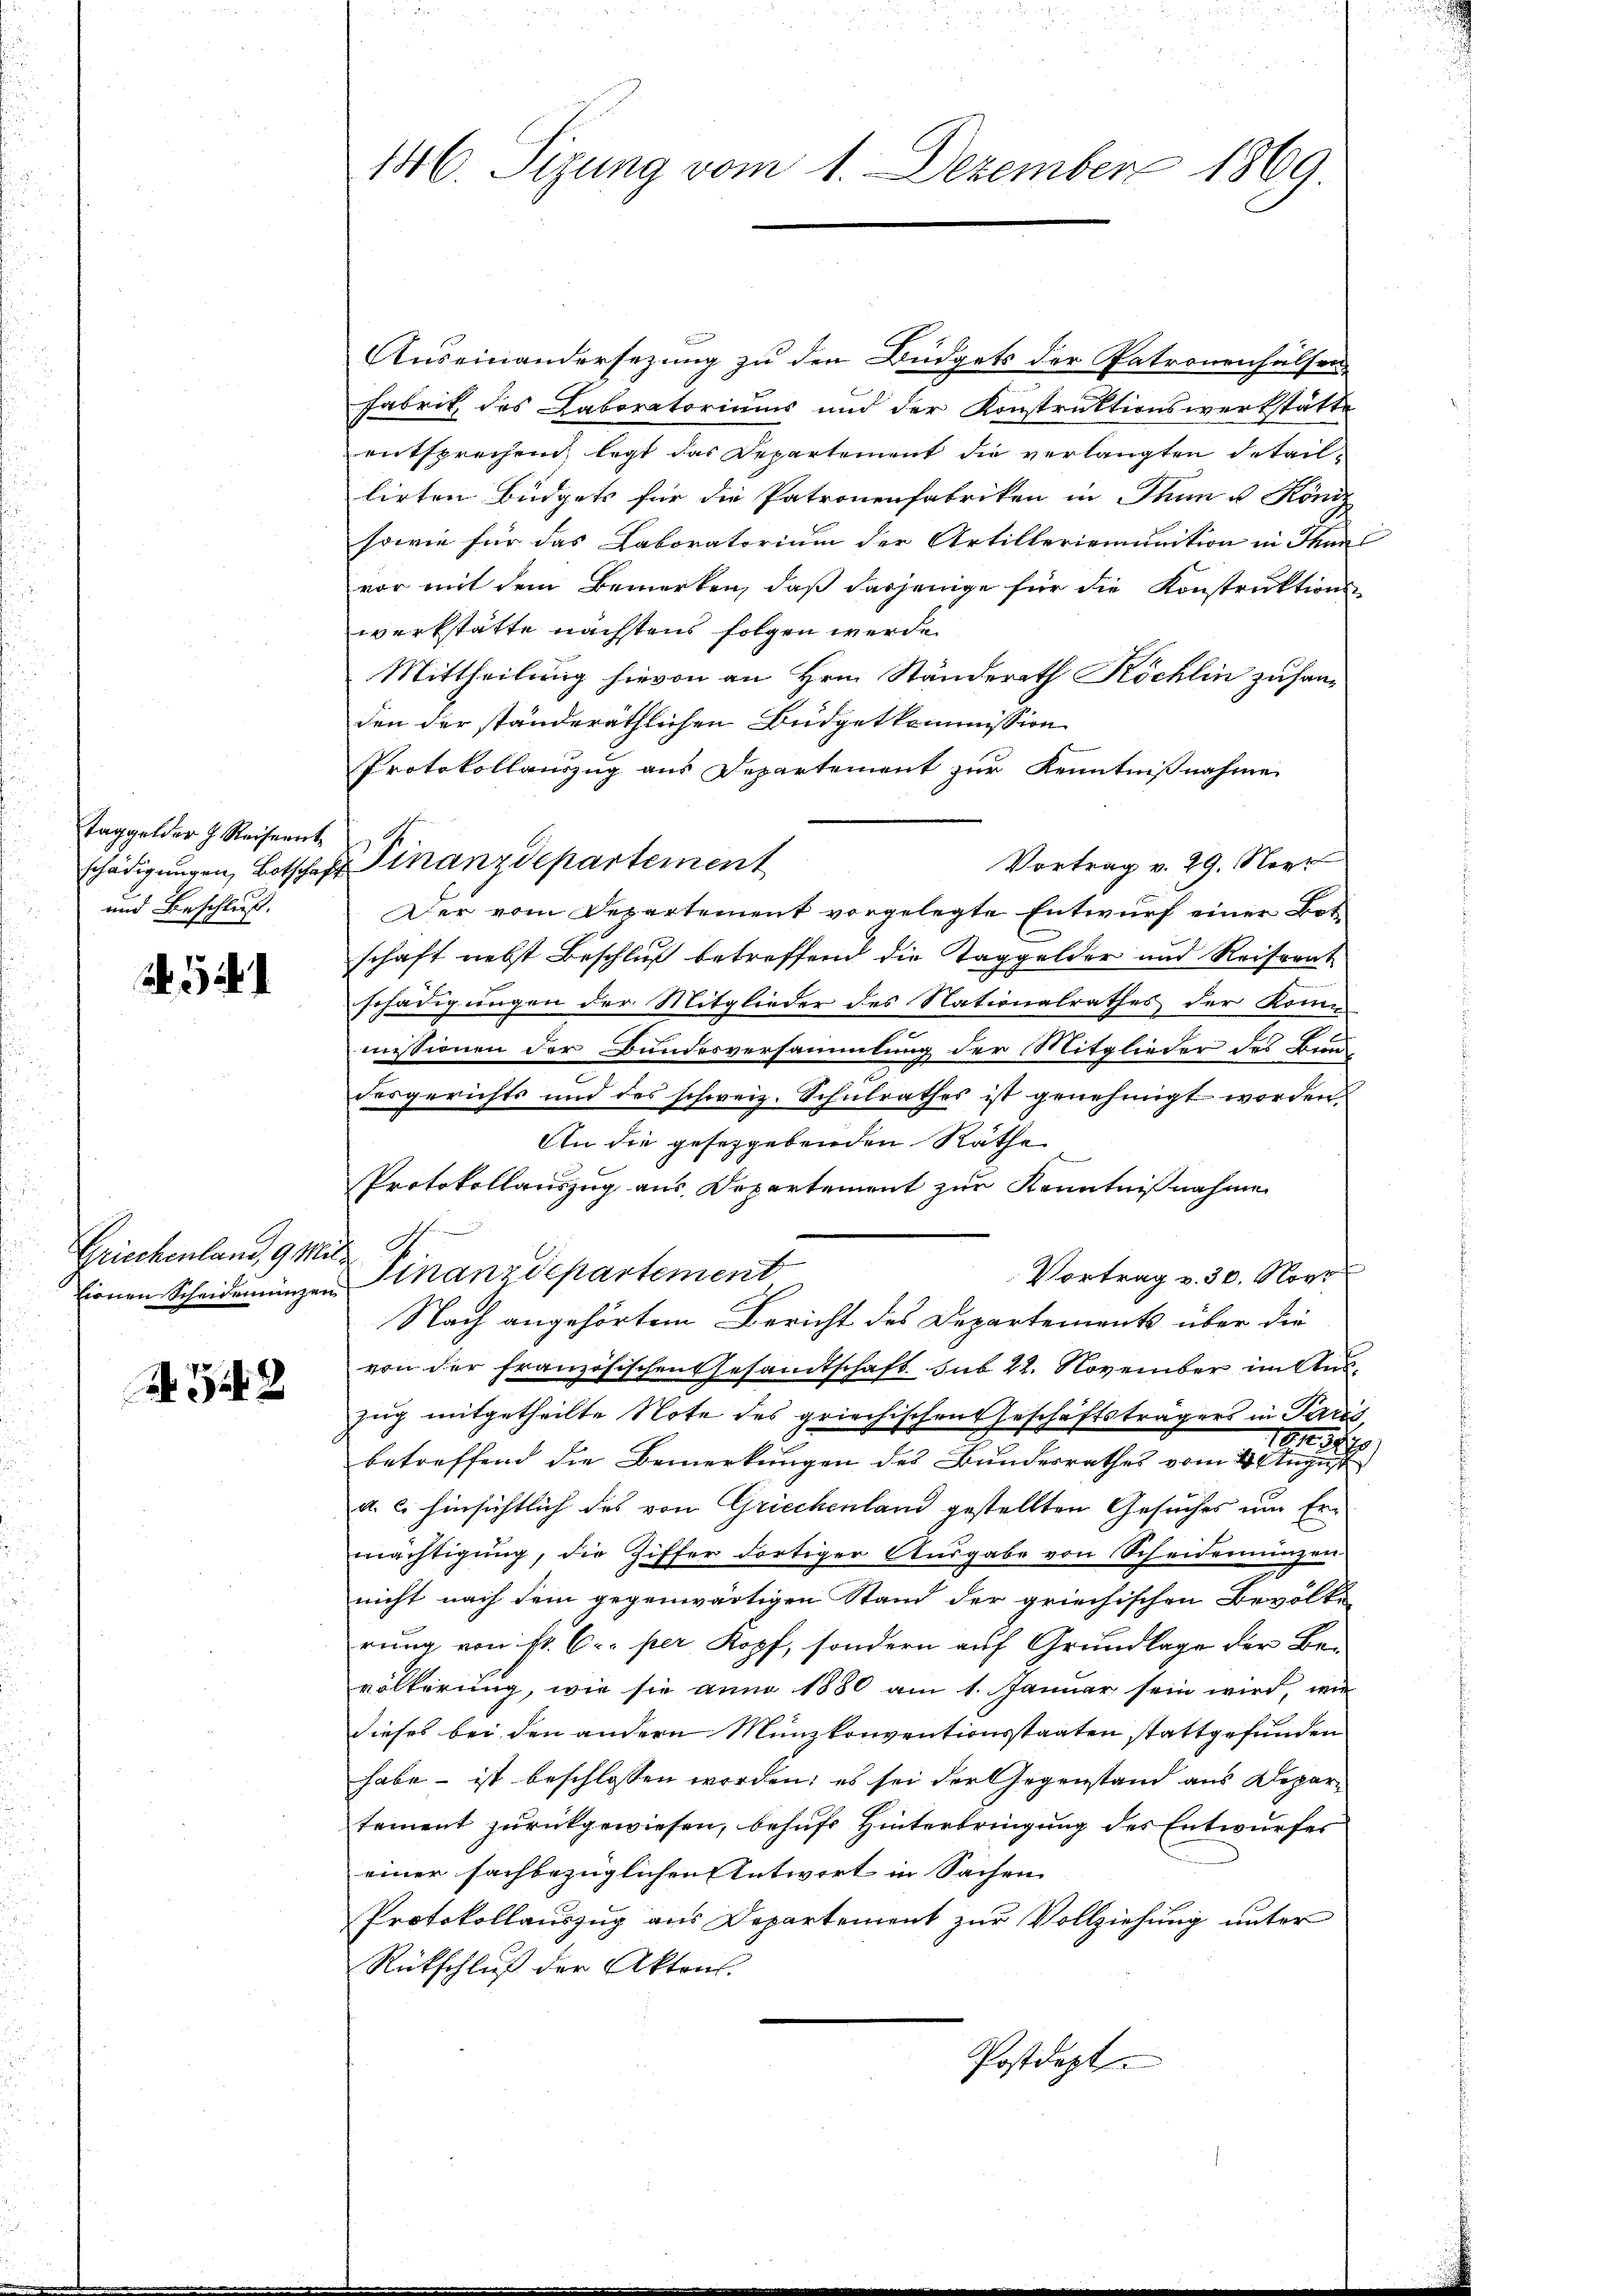
Taggelder h. Reisernt
und Beschluß.

Griechenland, 9 Mit

A 542

Auseinandersezung zu den Büdgets der Patronenhälsen,
Fabrik des Laboratoriums und der Konstruktionswerkstätte
entsprechen, legt das Departement die verlangten Detaillirten Büdgets für die Patronenfabriken in Thun u. Könde
sowie für das Laboratorium der Artilleriemunition in Than
vor mit dem Bemerken, daß dasjenige für die Konstruktions
werkstätte nächstens folgen werde.
Mittheilung hievon an Hrn. Ständerath Köchlin zu handen der ständeräthlichen Büdgetkommission
Protokollauszug aus Departement zur Kenntnißnahme
Vortrag v. 29. Neer
Der vom Departement vorgelegte Entwurf einer Botschaft nebst Beschluß betreffend die Taggelder und Reiserat
schädigungen der Mitglieder des Nationalrathes der Komm
missionen der Bundesversammlung der Mitglieder des Bundesgerichts und des schweiz. Schulrathes ist genehmigt worden
An die geseggebenden Räthe
Protokollauszug aus Departement zur Kenntnißnahme
Vortrag v. 30. Nove
tionen Scheiderungen Finanzdepartement
Nach angehörtem Bericht des Departements über die
von der französischen Gesandtschaft sub 22. November im Aus¬
Zug mitgetheilte Note des griechischen Geschäftsträgers in Paris,
184. 32
2
betreffend die Bemerkungen des Bundesrathes vom 4. August
a. c. hinsichtlich des von Griechenland gestellten Gesuches um Ermächtigung, die Ziffer dortiger Ausgabe von Scheidemünzen
nicht nach dem gegenwärtigen Stand der griechischen Bevölke
rung von Fr. 6. per Kopf, sondern auf Grundlage der Bevölkerung, wie sie anno 1880 am 1. Januar sein wird, wie
dieses bei den andern Münzkonventionsstaaten stattgefunden
habe – ist beschlossen worden; es sei der Gegenstand aus Departement zurückgewiesen, behufs Hinterbringung des Entwurfes
einer sachbezüglichen Antwort in Sachen
Protokollauszug aus Departement zur Vollziehung unter
Rückschluß der Aktens.
Postdept

146. Sizung vom 1. Dezember 1869

schädigungen, Botschaft Finanzdepartement